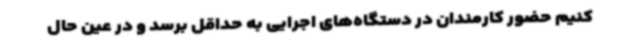
کنیم حضور کارمندان در دستگاه‌های اجرایی به حداقل برسد و در عین حال